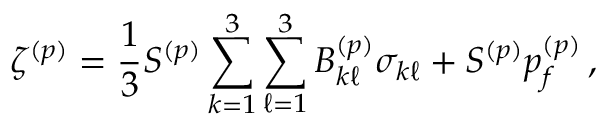
\zeta ^ { ( p ) } = \frac { 1 } { 3 } S ^ { ( p ) } \sum _ { k = 1 } ^ { 3 } \sum _ { \ell = 1 } ^ { 3 } B _ { k \ell } ^ { ( p ) } \sigma _ { k \ell } + S ^ { ( p ) } p _ { f } ^ { ( p ) } \, ,